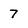
Character: 7